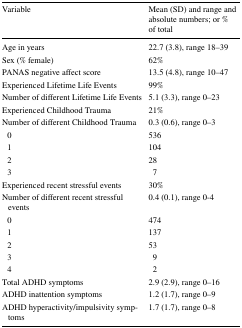
| Variable | Mean (SD) and range and absolute numbers; or % of total |
 | --- | --- |
 | Age in years | 22.7 (3.8), range 18–39 |
 | Sex (% female) | 62% |
 | PANAS negative affect score | 13.5 (4.8), range 10–47 |
 | Experienced Lifetime Life Events | 99% |
 | Number of different Lifetime Life Events | 5.1 (3.3), range 0–23 |
 | Experienced Childhood Trauma | 21% |
 | Number of different Childhood Trauma | 0.3 (0.6), range 0–3 |
 | 0 | 536 |
 | 1 | 104 |
 | 2 | 28 |
 | 3 | 7 |
 | Experienced recent stressful events | 30% |
 | Number of different recent stressful events | 0.4 (0.1), range 0-4 |
 | 0 | 474 |
 | 1 | 137 |
 | 2 | 53 |
 | 3 | 9 |
 | 4 | 2 |
 | Total ADHD symptoms | 2.9 (2.9), range 0–16 |
 | ADHD inattention symptoms | 1.2 (1.7), range 0–9 |
 | ADHD hyperactivity/impulsivity symptoms | 1.7 (1.7), range 0–8 |